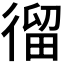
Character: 𢕍